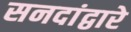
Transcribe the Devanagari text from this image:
सनदांद्वारे